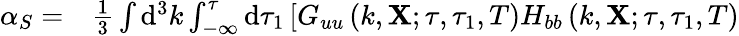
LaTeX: \begin{array}{rl}{\alpha_{S}=}&{{}\frac{1}{3}\int\mathrm{d}^{3}k\int_{-\infty}^{\tau}\mathrm{d}\tau_{1}\left[G_{uu}\left(k,\mathbf{X};\tau,\tau_{1},T\right)H_{bb}\left(k,\mathbf{X};\tau,\tau_{1},T\right)\right.}\end{array}